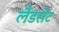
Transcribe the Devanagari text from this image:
लैंडसेट